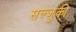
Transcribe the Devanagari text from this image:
सल्जुकी